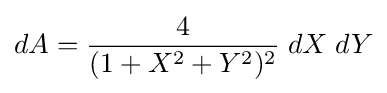
dA={\frac {4}{(1+X^{2}+Y^{2})^{2}}}\;dX\;dY